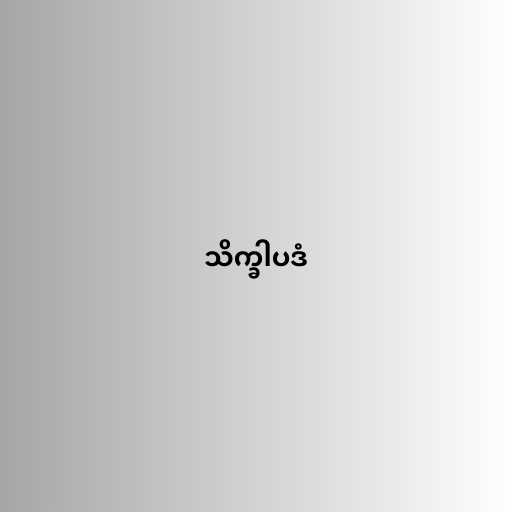
သိက္ခါပဒံ